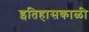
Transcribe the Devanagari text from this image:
इतिहासकाळी